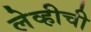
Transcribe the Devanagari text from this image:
लेव्हीची